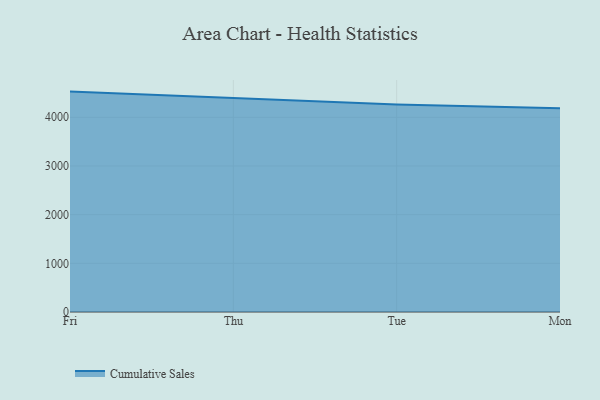
{"axis": {"x": "Day", "y": "LTV (USD)"}, "legend": ["Cumulative Sales"], "data": [{"x": "Fri", "y": 4527.8, "type": "Cumulative Sales"}, {"x": "Thu", "y": 4391.9, "type": "Cumulative Sales"}, {"x": "Tue", "y": 4260.9, "type": "Cumulative Sales"}, {"x": "Mon", "y": 4188.3, "type": "Cumulative Sales"}]}